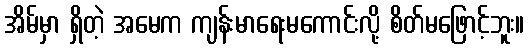
အိမ်မှာ ရှိတဲ့ အမေက ကျန်းမာရေးမကောင်းလို့ စိတ်မဖြောင့်ဘူး။